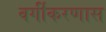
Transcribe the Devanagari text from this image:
वर्गीकरणास